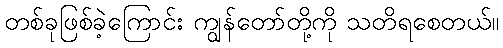
တစ်ခုဖြစ်ခဲ့ကြောင်း ကျွန်တော်တို့ကို သတိရစေတယ်။